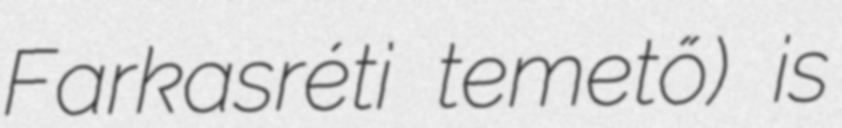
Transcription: Farkasréti temető) is